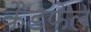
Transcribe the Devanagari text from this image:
कैडफेल